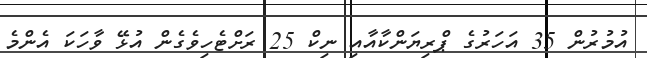
އުމުރުން 35 އަހަރުގެ ޕްރިޔަންކާއާއި ނިކް 25 ރަށްޓެހިވެގެން އުޅޭ ވާހަކަ އެންމެ